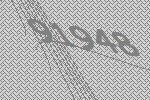
91948